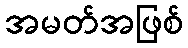
အမတ်အဖြစ်